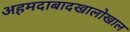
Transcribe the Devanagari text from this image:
अहमदाबादखालोखाल